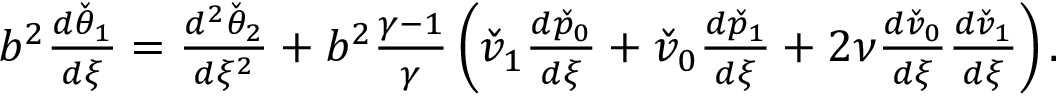
\begin{array} { r } { b ^ { 2 } \frac { d \check { \theta } _ { 1 } } { d \xi } = \frac { d ^ { 2 } \check { \theta } _ { 2 } } { d \xi ^ { 2 } } + b ^ { 2 } \frac { \gamma - 1 } { \gamma } \left( \check { v } _ { 1 } \frac { d \check { p } _ { 0 } } { d \xi } + \check { v } _ { 0 } \frac { d \check { p } _ { 1 } } { d \xi } + 2 \nu \frac { d \check { v } _ { 0 } } { d \xi } \frac { d \check { v } _ { 1 } } { d \xi } \right) . } \end{array}